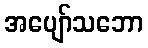
အပျော်သဘော